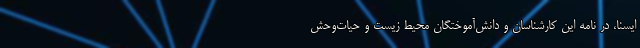
ایسنا، در نامه این کارشناسان و دانش‌آموختگان محیط زیست و حیات‌وحش